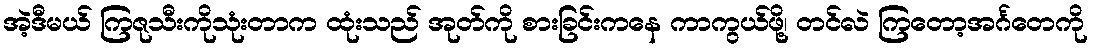
အဲ့ဒီမယ် ကြဇုသီးကိုသုံးတာက ထုံးသည် အုတ်ကို စားခြင်းကနေ ကာကွယ်ဖို့၊ တင်လဲ ကြတော့အင်္ဂတေကို